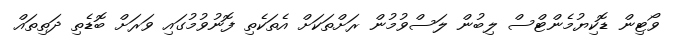
ވޯޓިން ޑޮކިޔުމެންޓްސް ލިބުން ލަސްވުމުން ރަށްތަކަށް އެތަކެތި ފޮނުވުމުގައި ވަރަށް ބޮޑެތި ދަތިތައް